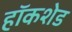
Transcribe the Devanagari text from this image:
हॉकशेड